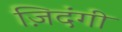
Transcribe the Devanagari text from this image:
ज़िदंगी